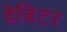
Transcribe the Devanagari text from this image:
डेबिटर